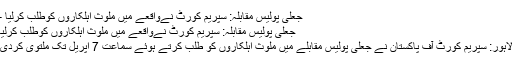
جعلی پولیس مقابلہ: سپریم کورٹ نےواقعے میں ملوث اہلکاروں کوطلب کرلیا -
جعلی پولیس مقابلہ: سپریم کورٹ نےواقعے میں ملوث اہلکاروں کوطلب کرلیا
لاہور: سپریم کورٹ آف پاکستان نے جعلی پولیس مقابلے میں ملوث اہلکاروں کو طلب کرتے ہوئے سماعت 7 اپریل تک ملتوی کردی۔